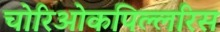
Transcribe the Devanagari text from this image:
चोरिओकपिल्लरिस